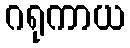
ဂရုကာယ